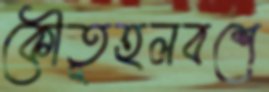
কৌতূহলবশে